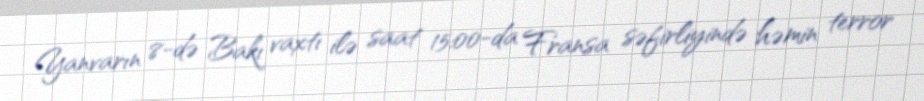
Yanvarın 8-də Bakı vaxtı ilə saat 15:00-da Fransa səfirliyində həmin terror